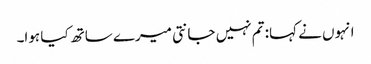
انہوں نے کہا: تم نہیں جانتی میرے ساتھ کیا ہوا۔